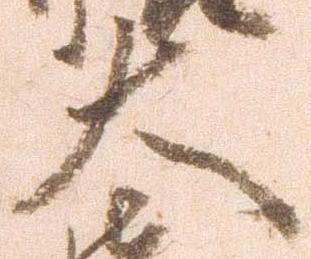
大